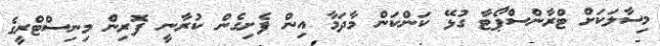
މިސާލަކަށް ޓްރާންސްޕޯޓާ ގުޅޭ ކަންކަން މާދަމާ އިން ފެށިގެން ކުރާނީ ފޮރިން މިނިސްޓްރީގެ